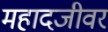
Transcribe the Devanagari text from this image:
महादजीवर